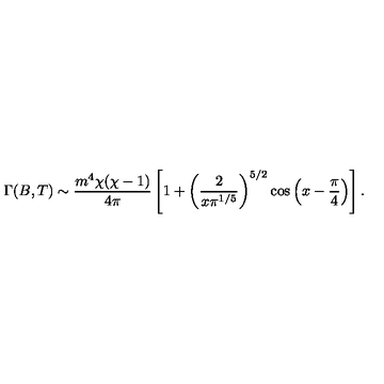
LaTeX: \Gamma ( B , T ) \sim \frac { m ^ { 4 } \chi ( \chi - 1 ) } { 4 \pi } \left[ 1 + \left( \frac { 2 } { x \pi ^ { 1 / 5 } } \right) ^ { 5 / 2 } \cos \left( x - \frac { \pi } { 4 } \right) \right] .